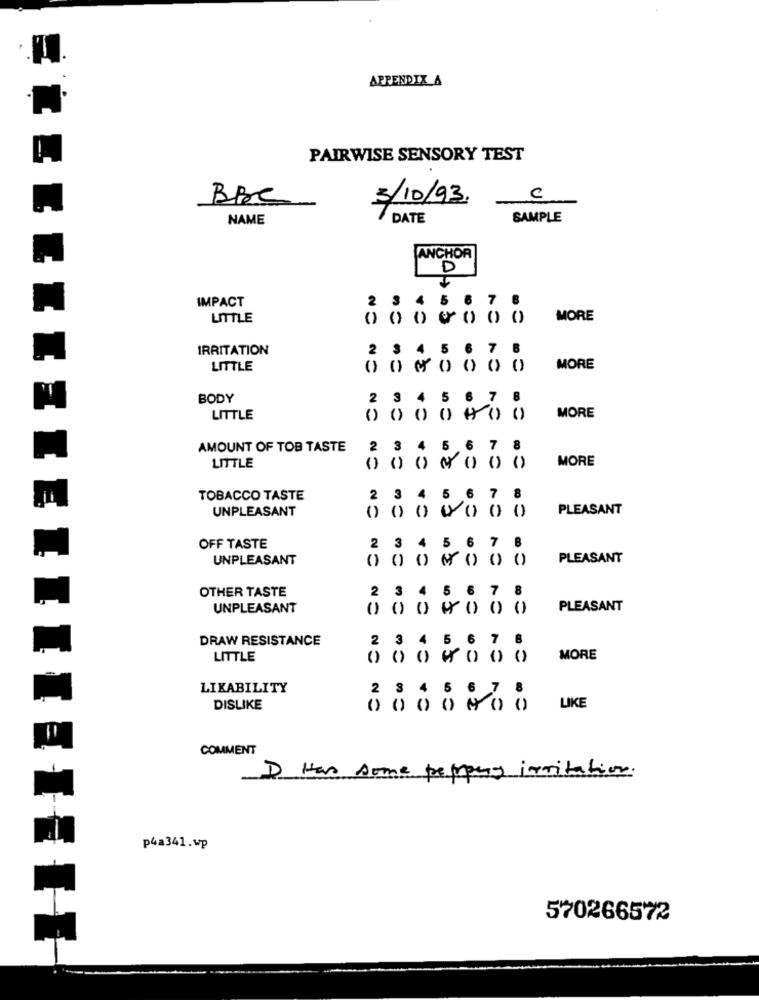
APPENDIX_A
PAIRWISE SENSORY TEST
BBC
3/10/93.
-
C
NAME
DATE
SAMPLE
ANCHOR
IMPACT
2 3 4
5
7
LITTLE
MORE
IRRITATION
23 4 5 6 7 8
LITTLE
0090000
MORE
BODY
2
3
4
5 6
7
LITTLE
0 0 0 0 0 0 0
MORE
AMOUNT OF TOB TASTE
2
3
4
5,6 7 8
LITTLE
MORE
TOBACCO TASTE
2
3
5 6 7
IZLE
UNPLEASANT
PLEASANT
OFF TASTE
2
3
4 5 6 7 8
UNPLEASANT
PLEASANT
OTHER TASTE
3 4 5 6
7
UNPLEASANT
0 0 0 0 0 0 0
PLEASANT
DRAW RESISTANCE
2 3 4 5 6 7 8
LITTLE
0 0 0 . 0 00
MORE
LIKABILITY
2 3 4 5 6 7 8
DISLIKE
LIKE
COMMENT
D Has some peppary irritation.
p4a341.wp
570266572